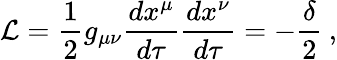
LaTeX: {\cal{L}}=\frac{1}{2}g_{\mu\nu}\frac{dx^{\mu}}{d\tau}\frac{dx^{\nu}}{d\tau}=-\frac{\delta}{2}\: ,